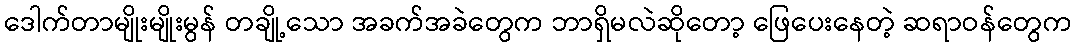
ဒေါက်တာမျိုးမျိုးမွန် တချို့သော အခက်အခဲတွေက ဘာရှိမလဲဆိုတော့ ဖြေပေးနေတဲ့ ဆရာဝန်တွေက